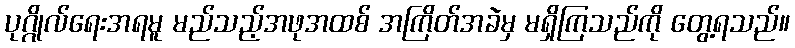
ပုဂ္ဂိုလ်ရေးအရမူ မည်သည့်အဖုအထစ် အကြိတ်အခဲမှ မရှိကြသည်ကို တွေ့ရသည်။